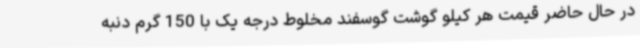
در حال حاضر قیمت هر کیلو گوشت گوسفند مخلوط درجه یک با 150 گرم دنبه